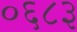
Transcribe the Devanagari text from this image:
०६८३